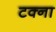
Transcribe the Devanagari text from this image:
टक्ना